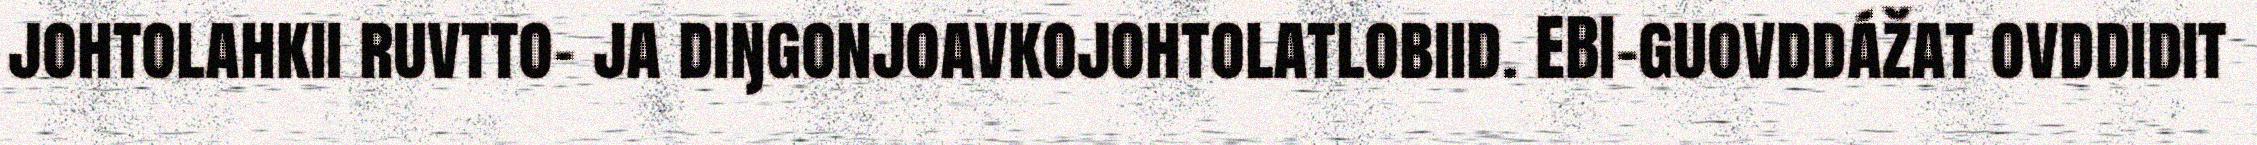
johtolahkii ruvtto- ja diŋgonjoavkojohtolatlobiid. EBI-guovddážat ovddidit